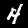
Label: 4